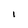
Character: 1